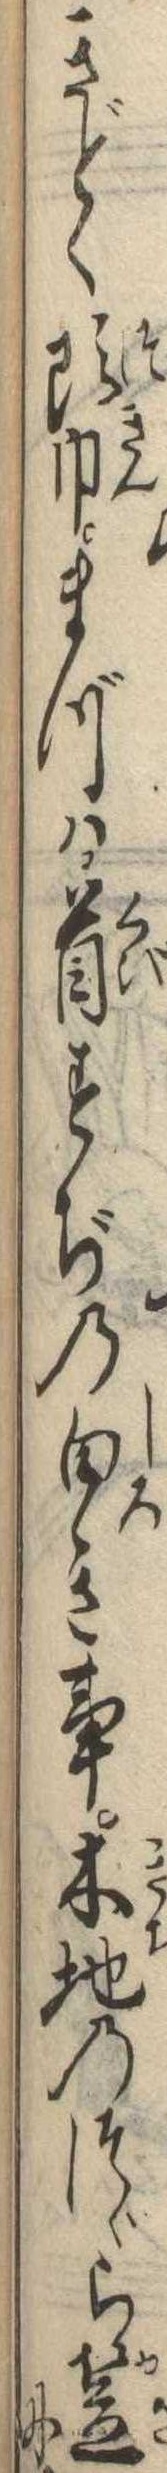
きどく頭巾まづは首すぢの白き事木地のつゞら笠に